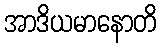
အာဒိယမာနောတိ